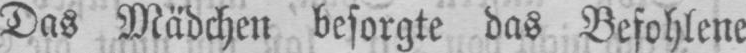
Das Mädchen besorgte das Befohlene